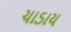
ચાડાય